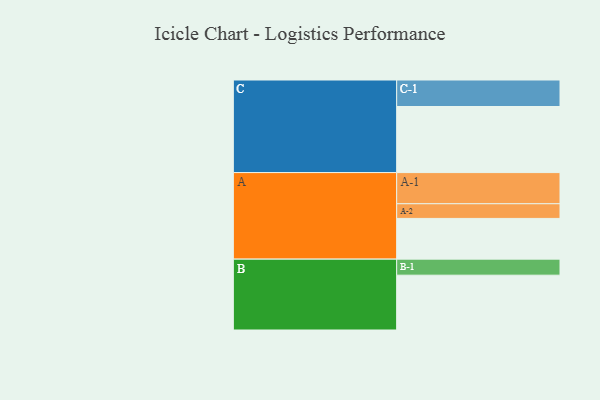
{"axis": {"x": "Segment", "y": "Value"}, "legend": ["", "A", "B", "C"], "data": [{"x": "A", "y": 358, "type": ""}, {"x": "B", "y": 482, "type": ""}, {"x": "C", "y": 581, "type": ""}, {"x": "A-1", "y": 274, "type": "A"}, {"x": "A-2", "y": 129, "type": "A"}, {"x": "B-1", "y": 141, "type": "B"}, {"x": "C-1", "y": 233, "type": "C"}]}